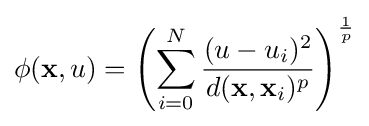
\phi (\mathbf {x} ,u)=\left(\sum _{i=0}^{N}{\frac {(u-u_{i})^{2}}{d(\mathbf {x} ,\mathbf {x} _{i})^{p}}}\right)^{\frac {1}{p}}